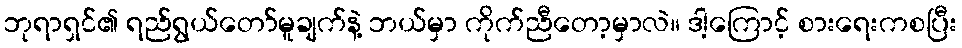
ဘုရာရှင်၏ ရည်ရွယ်တော်မူချက်နဲ့ ဘယ်မှာ ကိုက်ညီတော့မှာလဲ။ ဒါ့ကြောင့် စားရေးကစပြီး